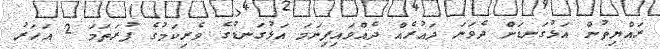
ރައްޔިތުން އަޅުގަނޑަށް ދެވަނަ ދައުރެއް ދެއްވައިފިނަމަ އަޅުގަނޑުގެ ވެރިކަމުގެ ފުރަތަމަ 2 އަހަރު